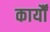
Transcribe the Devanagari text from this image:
कार्यौं